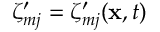
\zeta _ { m j } ^ { \prime } = \zeta _ { m j } ^ { \prime } ( \mathbf { x } , t )